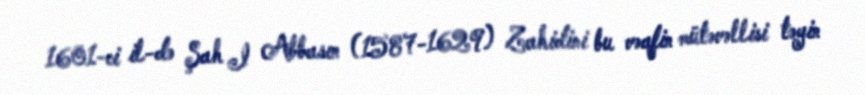
1601-ci il-də Şah I Abbasın (1587-1629) Zahidini bu vəqfin mütəvəllisi təyin